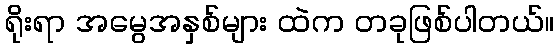
ရိုးရာ အမွေအနှစ်များ ထဲက တခုဖြစ်ပါတယ်။